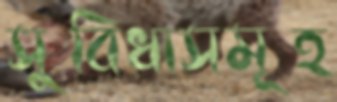
সুবিধাসমূহ